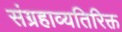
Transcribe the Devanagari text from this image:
संग्रहाव्यतिरिक्त